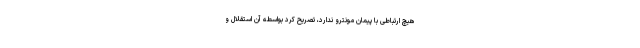
هیچ ارتباطی با پیمان مونترو ندارد، تصریح کرد بواسطه آن استقلال و